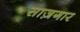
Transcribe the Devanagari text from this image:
साज़गार